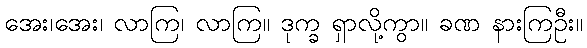
အေး၊အေး၊ လာကြ၊ လာကြ။ ဒုက္ခ ရှာလို့ကွာ။ ခဏ နားကြဦး။